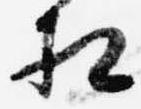
相